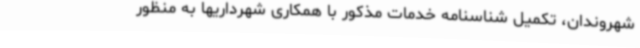
شهروندان، تکمیل شناسنامه خدمات مذکور با همکاری شهرداریها به منظور